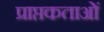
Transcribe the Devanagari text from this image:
प्राप्तकताओं